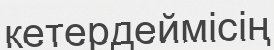
кетердеймісің